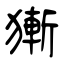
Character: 獑